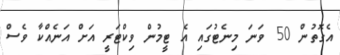
އެގޮތުން 50 ވަނަ މިނެޓުގައި އެ ޓީމުން ވިކްޓަރީ އަށް އަނެއްކާ ވެސް